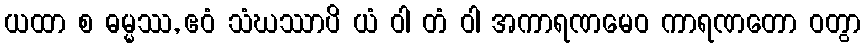
ယထာ စ ဓမ္မဿ, ဧဝံ သံဃဿာပိ ယံ ဝါ တံ ဝါ အကာရဏမေဝ ကာရဏတော ဝတွာ